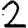
Digit: 2